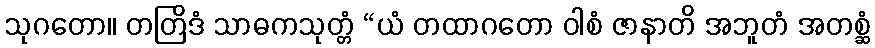
သုဂတော။ တတြိဒံ သာဓကသုတ္တံ “ယံ တထာဂတော ဝါစံ ဇာနာတိ အဘူတံ အတစ္ဆံ